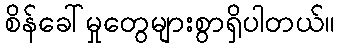
စိန်ခေါ်မှုတွေများစွာရှိပါတယ်။